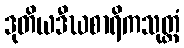
ဒုတိယဒီဃစာရိကသုတ္တံ